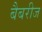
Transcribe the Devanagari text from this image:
बैबरीज